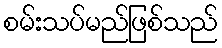
စမ်းသပ်မည်ဖြစ်သည်